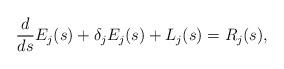
LaTeX: \begin{align*}\frac{d}{ds}E_j(s)+\delta_j E_j(s) + L_j(s)= R_j(s),\end{align*}